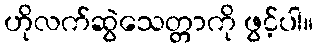
ဟိုလက်ဆွဲသေတ္တာကို ဖွင့်ပါ။